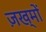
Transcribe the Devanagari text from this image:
ज़ख्‍मों